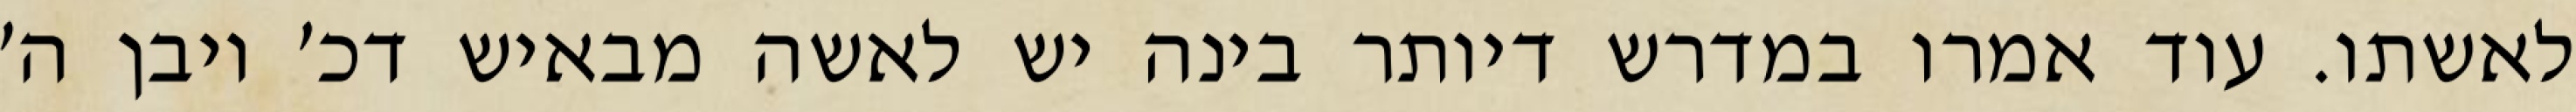
לאשתו. עוד אמרו במדרש דיותר בינה יש לאשה מבאיש דכ׳ ויבן ה׳